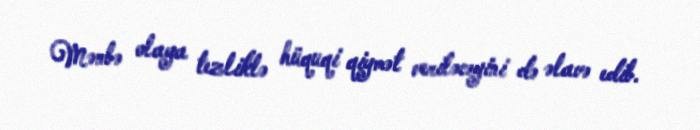
Mənbə olaya tezliklə hüquqi qiymət veriləcəyini də əlavə edib.